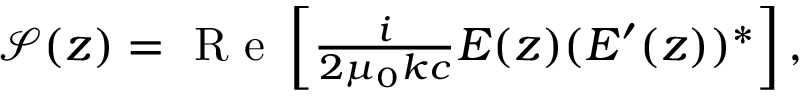
\begin{array} { r } { \mathcal { S } ( z ) = \mathrm { ~ R ~ e ~ } \left[ \frac { i } { 2 \mu _ { 0 } k c } E ( z ) ( E ^ { \prime } ( z ) ) ^ { * } \right] , } \end{array}